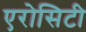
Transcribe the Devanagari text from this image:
एरोसिटी